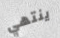
ينتهي